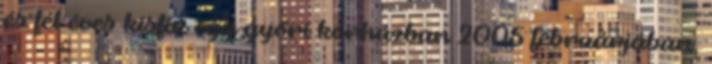
és fél éves kisfiú egy győri kórházban 2005 februárjában,